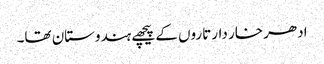
ادھر خار دار تاروں کے پیچھے ہندوستان تھا۔